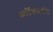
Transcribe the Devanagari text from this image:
आर्टिकमधील